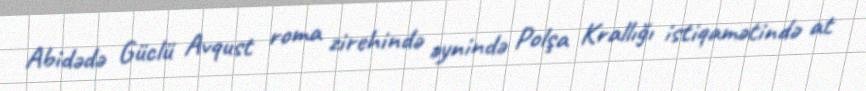
Abidədə Güclü Avqust roma zirehində əynində Polşa Krallığı istiqamətində at